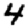
Digit: 4